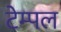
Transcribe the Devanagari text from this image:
टेम्‍पल